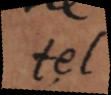
tel